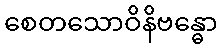
စေတသောဝိနိဗန္ဓော